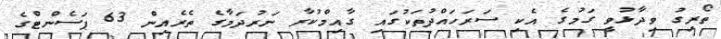
ތޯރިގު ވިދާޅުވީ ގަމުގެ އެކި ސަރަހައްދުތަކުގައި ގާއިމްކުރާ ނަރުދަމާގެ ތެރެއިން 63 ޕަސެންޓްގެ